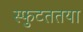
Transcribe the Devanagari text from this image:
स्फुटततया